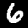
Digit: 6